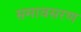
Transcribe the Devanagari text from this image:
समावसरण